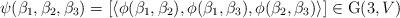
LaTeX: \begin{align*}\psi(\beta_1,\beta_2,\beta_3) =[\langle \phi(\beta_1,\beta_2),\phi(\beta_1,\beta_3),\phi(\beta_2,\beta_3) \rangle]\in \mathrm{G}(3,V)\end{align*}